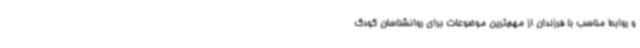
و روابط مناسب با فرزندان از مهم‌ترین موضوعات برای روانشناسان کودک